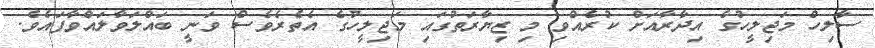
ސާލިހް މަޖިލީހުގެ އިދާރާއަށް ކުރެއްވި މި ޒިޔާރަތުގައި މަޖިލީހުގެ އެތެރެވެސް ވަނީ ބައްލަވާލައްވާފައެވެ.